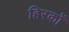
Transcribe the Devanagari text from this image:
हिरकों